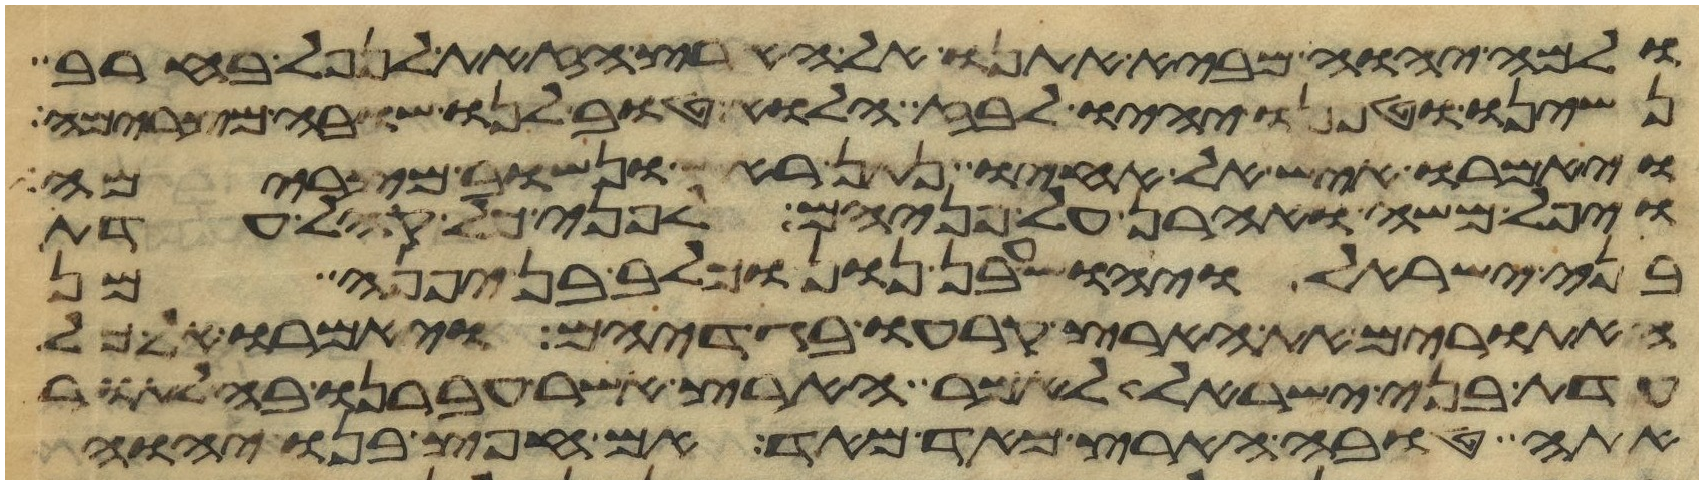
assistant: ולמה יהוה מביא אתנו אל הארץ הזאת לנפל בחרב
נשינו וטפנו יהיו לבוז הלוא טוב לנו שובה מצרימה
ויאמרו איש אל אחיו נתן ראש ונשוב מצרימה
ויפל משה ואהרן על פניהם לפני כל קהל עדת
בני ישראל ויהושע בן נון וכלב בן יפנה מן
האתורים את הארץ קרעו בגדיהם ויאמרו אל כל
עדת בני ישראל לאמר הארץ אשר עברנו בה לתור
אתה טובה הארץ מאד מאד אם חפץ בנו יהוה